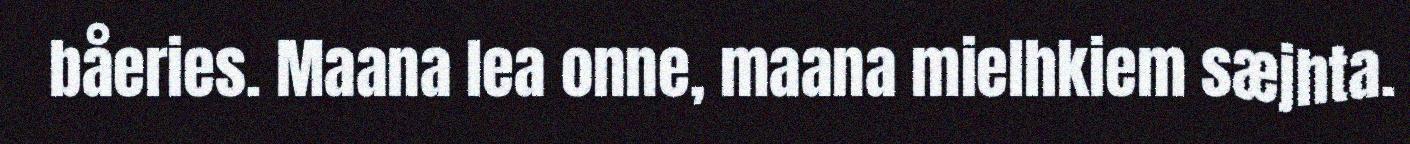
båeries. Maana lea onne, maana mielhkiem sæjhta.